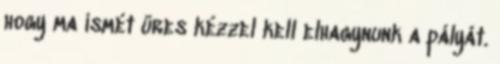
hogy ma ismét üres kézzel kell elhagynunk a pályát.